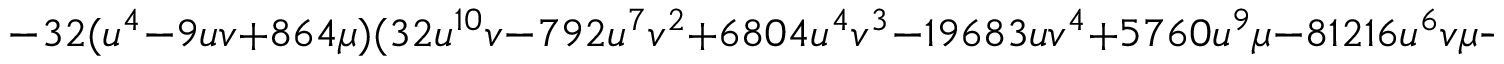
- 3 2 ( u ^ { 4 } - 9 u v + 8 6 4 \mu ) ( 3 2 u ^ { 1 0 } v - 7 9 2 u ^ { 7 } v ^ { 2 } + 6 8 0 4 u ^ { 4 } v ^ { 3 } - 1 9 6 8 3 u v ^ { 4 } + 5 7 6 0 u ^ { 9 } \mu - 8 1 2 1 6 u ^ { 6 } v \mu - 6 9 9 8 4 u ^ { 3 } v ^ { 2 } \mu